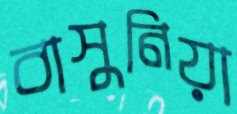
বাসুনিয়া